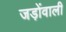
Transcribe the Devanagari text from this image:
जड़ोंवाली